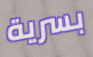
بسرية